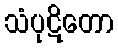
သံပုဋိတော